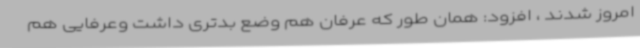
امروز شدند ، افزود: همان طور که عرفان هم وضع بدتری داشت وعرفایی هم